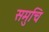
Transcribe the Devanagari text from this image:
समुचि